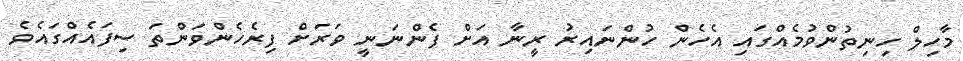
މާހިލް ހިނިތުންވުމެއްގައި އެހެން ހުންނައިރު ރީނާ އަށް ފެންނަނީ ވަރަށް ފިރެހެންވަންތަ ސިފައެއްގައެވެ